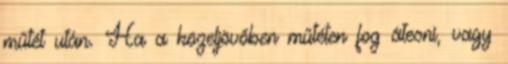
műtét után. Ha a közeljövőben műtéten fog átesni, vagy